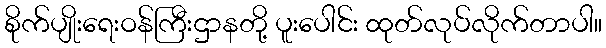
စိုက်ပျိုးရေးဝန်ကြီးဌာနတို့ ပူးပေါင်း ထုတ်လုပ်လိုက်တာပါ။